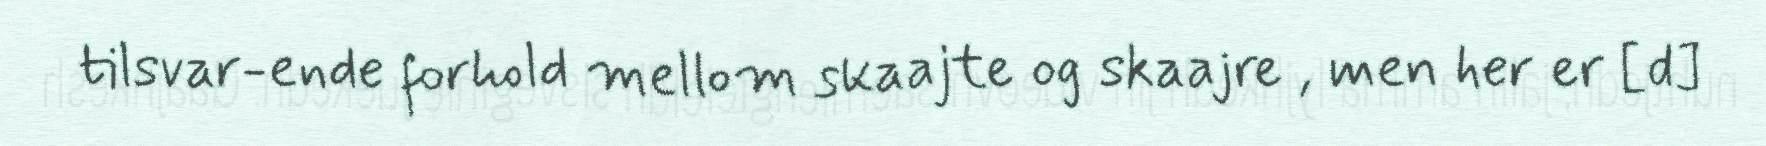
tilsvar-ende forhold mellom skaajte og skaajre , men her er [d]